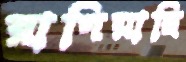
রাগিয়াছি